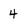
Character: 4